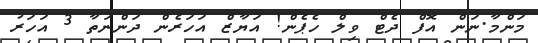
މަންމާ.ނަން އޮފް ދެޓް ވިލް ހެޕެން! އަޔާޒް އަހަރެން ދަންނަތާ 3 އަހަރު